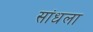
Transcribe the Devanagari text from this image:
सांधला